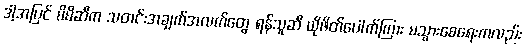
ဒါ့အပြင် မိမိဆီက သတင်းအချက်အလက်တွေ ရန်သူဆီ ယိုဖိတ်ပေါက်ကြား မသွားစေရေးကလည်း